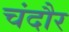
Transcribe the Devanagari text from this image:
चंदौर